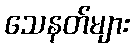
သေနတ်များ